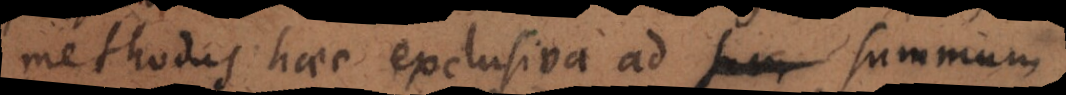
methodus haec exclusiva ad summum